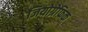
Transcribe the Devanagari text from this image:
जियोग्रेफ़िक